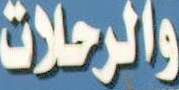
والرحلات